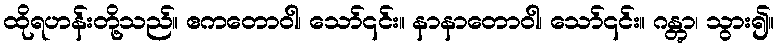
ထိုရဟန်းတို့သည်။ ဧကတောဝါ၊ သော်၎င်း။ နာနာတောဝါ၊ သော်၎င်း။ ဂန္တွာ၊ သွား၍။